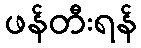
ဖန်တီးရန်